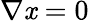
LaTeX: \nabla\mathit{x}=0